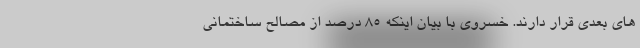
های بعدی قرار دارند. خسروی با بیان اینکه ۸۵ درصد از مصالح ساختمانی